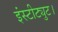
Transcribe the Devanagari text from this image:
इंस्टीट्युट।